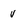
Character: v